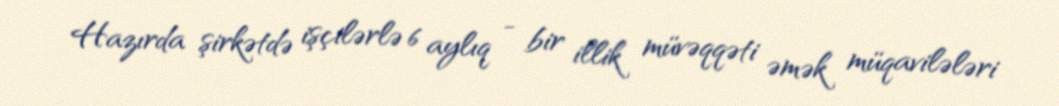
Hazırda şirkətdə işçilərlə 6 aylıq - bir illik müvəqqəti əmək müqavilələri